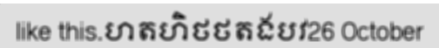
like this.ហតហិថថតងបវ26 October